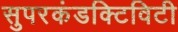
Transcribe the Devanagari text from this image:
सुपरकंडक्टिविटी